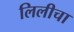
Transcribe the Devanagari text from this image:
लिलीचा